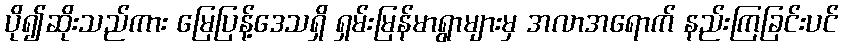
ပို၍ဆိုးသည်ကား မြေပြန့်ဒေသရှိ ရှမ်းမြန်မာရွာများမှ အလာအရောက် နည်းကြခြင်းပင်